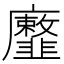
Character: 𢌐